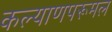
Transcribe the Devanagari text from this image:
कल्याणपरूमल